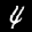
Label: 4